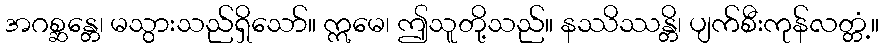
အဂစ္ဆန္တေ၊ မသွားသည်ရှိသော်။ ဣမေ၊ ဤသူတို့သည်။ နဿိဿန္တိ၊ ပျက်စီးကုန်လတ္တံ့။